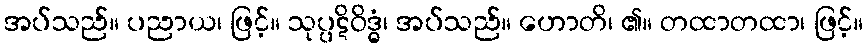
အပ်သည်။ ပညာယ၊ ဖြင့်။ သုပ္ပဋိဝိဒ္ဓံ၊ အပ်သည်။ ဟောတိ၊ ၏။ တထာတထာ၊ ဖြင့်။